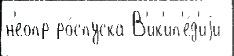
н'еопр ро́спуска В'ик'ип'е́д'иjи